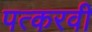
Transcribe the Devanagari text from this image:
पत्करवी